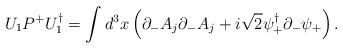
LaTeX: \begin{align*}U_1 P^+ U_1^\dagger = \int d^3 x \left( \partial_- A_j \partial_- A_j+i\sqrt{2} \psi^\dagger_+ \partial_- \psi_+ \right) .\end{align*}